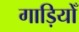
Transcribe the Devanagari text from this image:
गाड़ियोँ